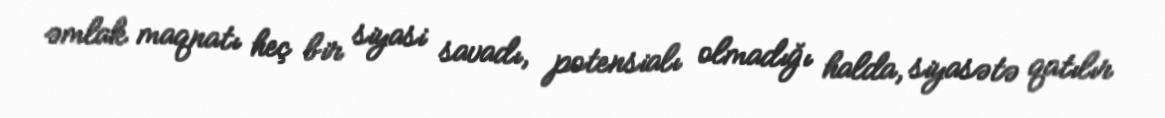
əmlak maqnatı heç bir siyasi savadı, potensialı olmadığı halda, siyasətə qatılır